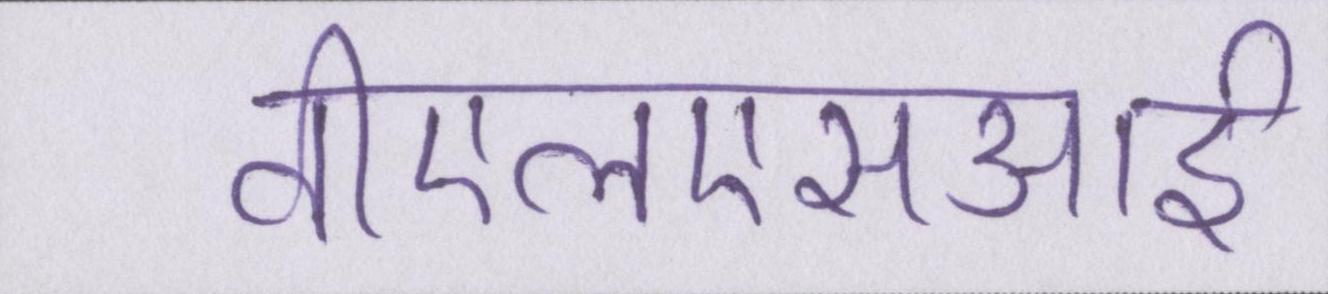
वीएलएसआई